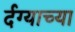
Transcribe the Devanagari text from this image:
र्दग्याच्या